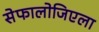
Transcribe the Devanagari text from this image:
सेफालोजिएला